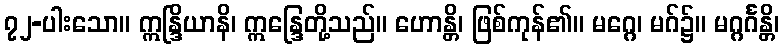
၇၂-ပါးသော။ ဣန္ဒြိယာနိ၊ ဣန္ဒြေတို့သည်။ ဟောန္တိ၊ ဖြစ်ကုန်၏။ မဂ္ဂေ၊ မဂ်၌။ မဂ္ဂင်္ဂန္တိ၊